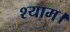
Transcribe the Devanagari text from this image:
श्याम।